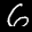
Label: 6